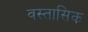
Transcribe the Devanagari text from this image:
वस्तासिक